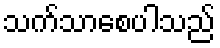
သက်သာစေပါသည်